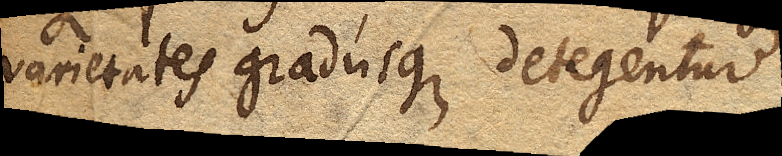
varietates gradusque detegentur.